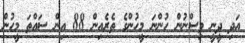
އަދި ދީނީ ވިސްނުން ހުންނަ މީހުންގެ ތެރެއިން 88 އިން ސައްތަ މީހުން